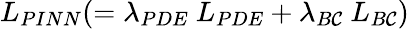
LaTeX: L_{PINN}(=\lambda_{PDE}~L_{PDE}+\lambda_{B\mathcal{C}}~L_{B\mathcal{C}})